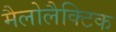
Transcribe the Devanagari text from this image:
मैलोलैक्टिक